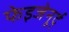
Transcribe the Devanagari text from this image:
फेइजेनूर्द्